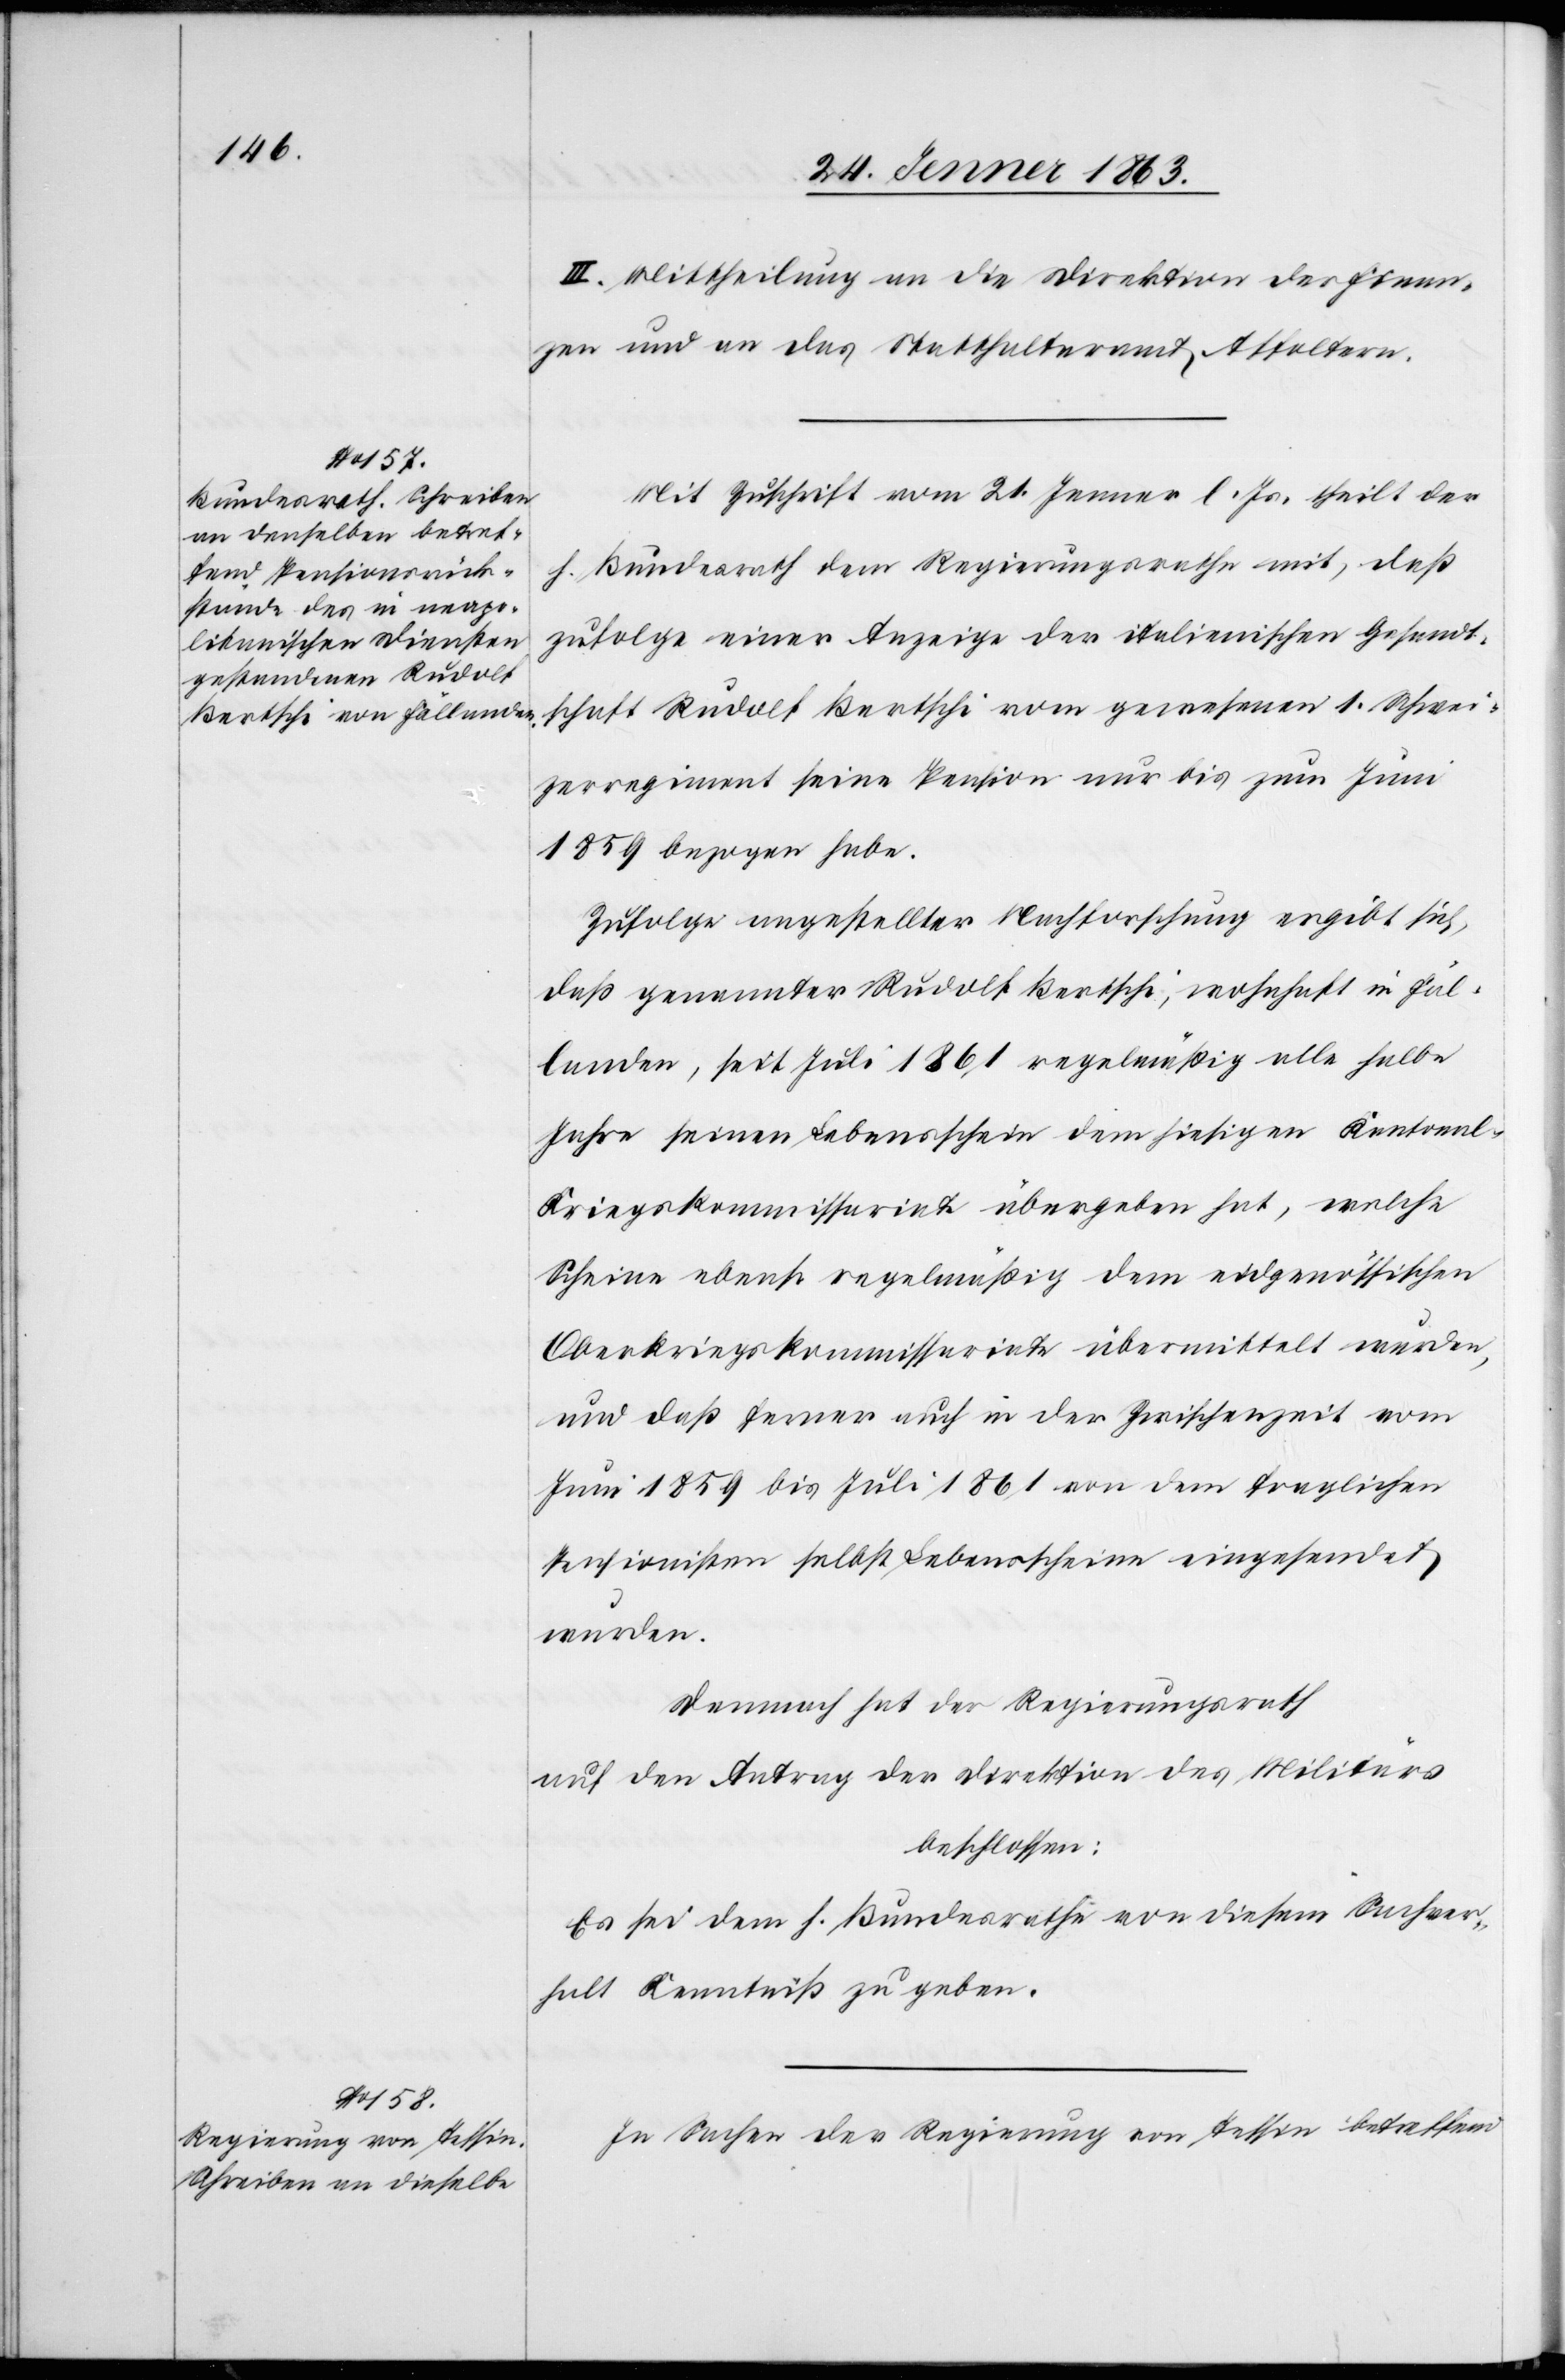
III. Mittheilung an die Direktion der Finan¬
zen und an das Statthalteramt Affoltern.
Mit Zuschrift vom 21. Jenner l. Js. theilt der
h. Bundesrath dem Regierungsrathe mit, daß
zufolge einer Anzeige der italienischen Gesandt¬
schaft Rudolf Bertschi vom gewesenen 1. Schwei¬
zerregiment seine Pension nur bis zum Juni
1859 bezogen habe.
Zufolge angestellter Nachforschung ergibt sich,
daß genannter Rudolf Bertschi, wohnhaft in Fäl¬
landen, seit Juli 1861 regelmäßig alle halbe
Jahre seinen Lebensschein dem hiesigen Kantonal-K¬
riegskommissariate übergeben hat, welche
Scheine ebenso regelmäßig dem eidgenössischen
Oberkriegskommissariate übermittelt wurden,
und daß ferner auch in der Zwischenzeit vom
Juni 1859 bis Juli 1861 von dem fraglichen
Pensionisten selbst Lebensscheine eingesendet
wurden.
Demnach hat der Regierungsrath
auf den Antrag der Direktion des Militärs
beschlossen:
Es sei dem h. Bundesrathe von diesem Sachver¬
halt Kenntniß zu geben.
In Sachen der Regierung von Tessin betreffend